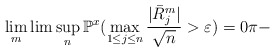
\begin{align*}\lim_{m}\lim\sup_{n}\mathbb{P}^{x}(\max_{1\leq j\leq n}\frac{|\bar{R}_{j}^{m}|}{\sqrt{n}}>\varepsilon)=0\pi- \end{align*}